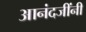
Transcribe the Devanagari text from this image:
आनंदजींनी